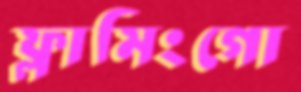
ফ্লামিংগো